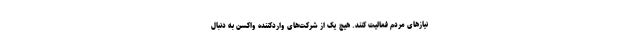
نیازهای مردم فعالیت کنند. هیچ یک از شرکت‌های واردکننده واکسن به دنبال